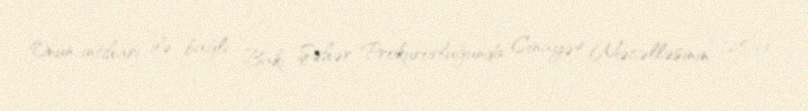
Onun intiharı ilə bağlı Bakı Şəhər Prokurorluğunda Cinayət Məcəlləsinin 125-ci